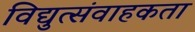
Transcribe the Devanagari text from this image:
विद्युत्संवाहकता